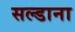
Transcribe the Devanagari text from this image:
सल्डाना